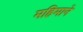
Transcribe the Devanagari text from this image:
महिमाने